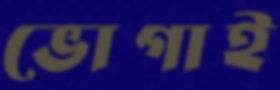
ভোগাই